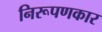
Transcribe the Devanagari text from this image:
निरूपणकार